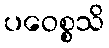
ပဝေစ္စသိ